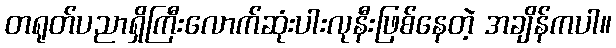
တရုတ်ပညာရှိကြီးလောက်ဆုံးပါးလုနီးဖြစ်နေတဲ့ အချိန်ကပါ။